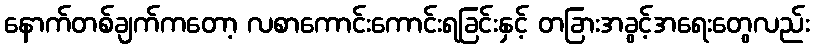
နောက်တစ်ချက်ကတော့ လစာကောင်းကောင်းရခြင်းနှင့် တခြားအခွင့်အရေးတွေလည်း